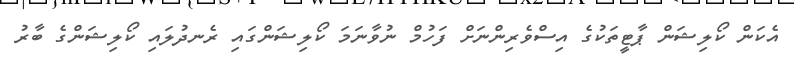
އެކަން ކޯލިޝަން ޕާޓީތަކުގެ އިސްވެރިންނަށް ފަހުމް ނުވާނަމަ ކޯލިޝަންގައި ރެނދުލައި ކޯލިޝަންގެ ބާރު